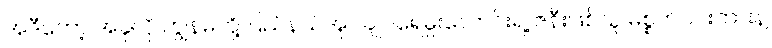
အဲဒီတော့ အခုလို ကျွန်မတို့ ပြည်နယ်အုပ်ချုပ်ရေမှူးလောင်းရဲ့ ဇနီးဖြစ်သူ မစ္စက်ဝင်းတားနဲ့